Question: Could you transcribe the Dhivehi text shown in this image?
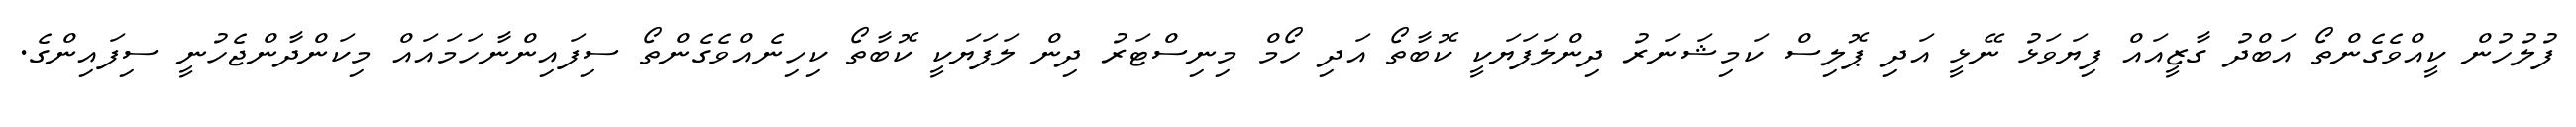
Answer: ފުލުހުން ކީއްވެގެންތޯ އަބްދު ގާޒީއައް ފިޔަވަޅު ނޭޅީ އަދި ޕޮލިސް ކަމިޝަނަރު ދިންލަފަޔަކީ ކޮބާތޯ އަދި ހޯމް މިނިސްޓަރު ދިން ލަފަޔަކީ ކޮބާތޯ ކިހިނެއްވެގެންތޯ ސިފައިންނާހަމައައް މިކަންދާންޖެހުނީ ސިފައިންގެ.